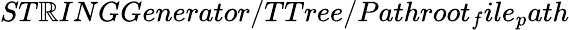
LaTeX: ST\mathbb{R}INGGenerator/TTree/Pathroot_{f}ile_{p}ath